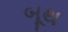
બૂથ